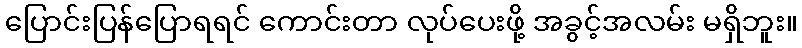
ပြောင်းပြန်ပြောရရင် ကောင်းတာ လုပ်ပေးဖို့ အခွင့်အလမ်း မရှိဘူး။